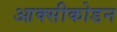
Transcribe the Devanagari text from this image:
आक्सीकोडन